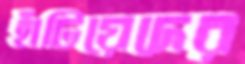
হাঁটিয়েদের